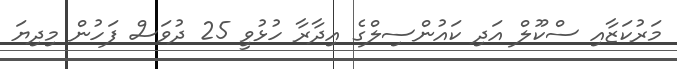
މަރުކަޒާއި ސްކޫލް އަދި ކައުންސިލްގެ އިދާރާ ހުޅުވީ 25 ދުވަސް ފަހުން މިދިޔަ